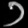
Digit: ၁